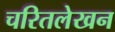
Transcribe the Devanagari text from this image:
चरितलेखन